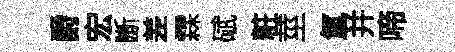
爵宏㫁差霖碔粧莖氳并啼